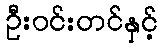
ဦးဝင်းတင်နှင့်